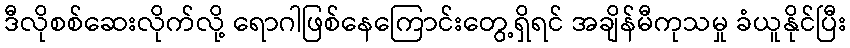
ဒီလိုစစ်ဆေးလိုက်လို့ ရောဂါဖြစ်နေကြောင်းတွေ့ရှိရင် အချိန်မီကုသမှု ခံယူနိုင်ပြီး